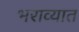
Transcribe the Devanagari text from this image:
भराव्यात